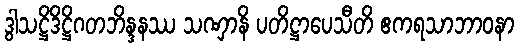
ဒွါသဋ္ဌိဒိဋ္ဌိဂတဘိန္ဒနဿ သဏှာနိ ပတိဋ္ဌာပေသီတိ ဧကရသာဘာဝနာ